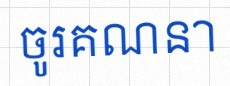
ចូរគណនា